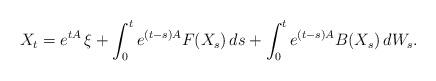
LaTeX: \begin{align*} X_t = e^{ t A } \, \xi + \int_0^t e^{ ( t - s ) A } F( X_s ) \, ds + \int_0^t e^{ ( t - s ) A } B( X_s ) \, dW_s .\end{align*}